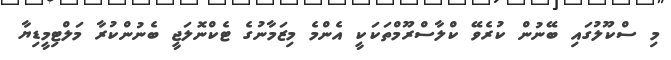
މި ސްކޫލުގައި ބޭނުން ކުރެވޭ ކްލާސްރޫމްތަކަކީ އެންމެ މިޒަމާނުގެ ޓެކްނޮލަޖީ ބެނުންކުރާ މަލްޓިމީޑިޔާ